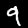
Digit: 9